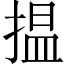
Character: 揾